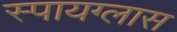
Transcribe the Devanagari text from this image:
स्पायग्लास